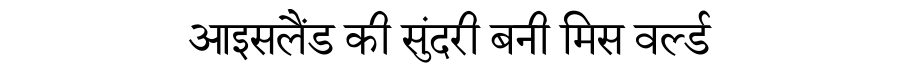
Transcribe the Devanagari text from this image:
आइसलैंड की सुंदरी बनी मिस वर्ल्ड